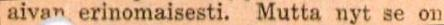
aivan erinomaisesti. Mutta nyt se on